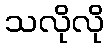
သလိုလို